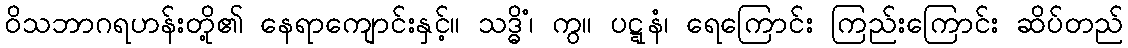
ဝိသဘာဂရဟန်းတို့၏ နေရာကျောင်းနှင့်။ သဒ္ဓိံ၊ ကွ။ ပဋ္ဋနံ၊ ရေကြောင်း ကြည်းကြောင်း ဆိပ်တည်